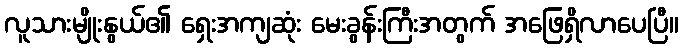
လူသားမျိုးနွယ်၏ ရှေးအကျဆုံး မေးခွန်းကြီးအတွက် အဖြေရှိလာပေပြီ။